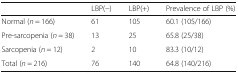
|  | LBP(−) | LBP(+) | Prevalence of LBP (%) |
 | --- | --- | --- | --- |
 | Normal (n = 166) | 61 | 105 | 60.1 (105/166) |
 | Pre-sarcopenia (n = 38) | 13 | 25 | 65.8 (25/38) |
 | Sarcopenia (n = 12) | 2 | 10 | 83.3 (10/12) |
 | Total (n = 216) | 76 | 140 | 64.8 (140/216) |